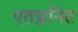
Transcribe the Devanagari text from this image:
एतज्जनित